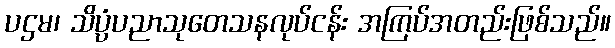
ပဌမ၊ သိပ္ပံပညာသုတေသနလုပ်ငန်း အကြပ်အတည်းဖြစ်သည်။